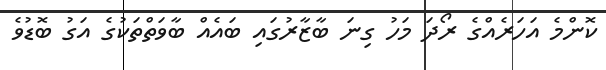
ކޮންމެ އަހަރެއްގެ ރޯދަ މަހު ގިނަ ބާޒާރުގައި ބައެއް ބާވަތްތަކުގެ އަގު ބޮޑުވެ